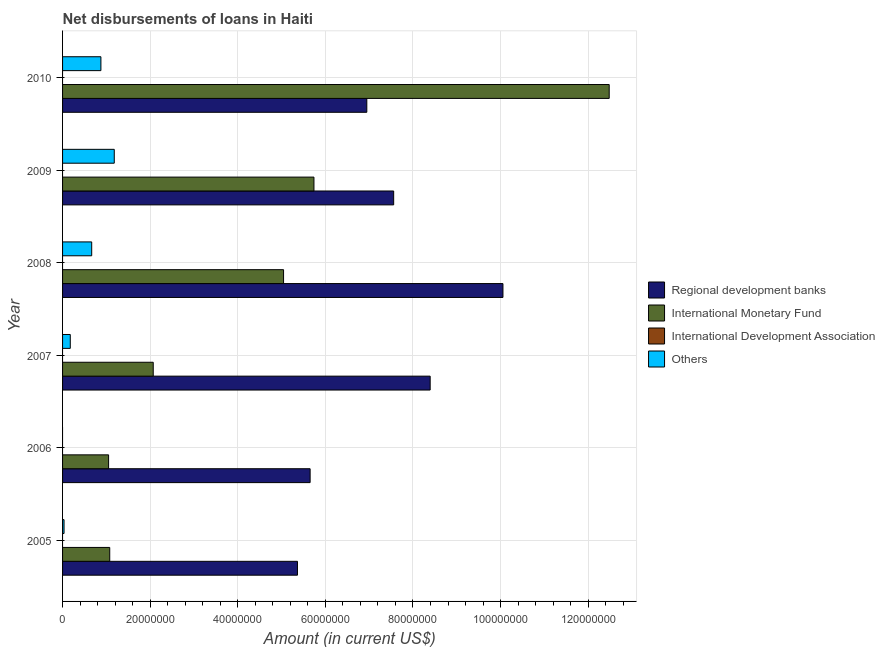
| Year | Regional development banks | International Monetary Fund | International Development Association | Others |
 | --- | --- | --- | --- | --- |
 | 2005 | 5.36e+07 | 1.08e+07 | -5.14e+06 | 3.37e+05 |
 | 2006 | 5.65e+07 | 1.05e+07 | -3.91e+06 | -2.7e+04 |
 | 2007 | 8.39e+07 | 2.07e+07 | -6.66e+06 | 1.76e+06 |
 | 2008 | 1.01e+08 | 5.05e+07 | -1.58e+07 | 6.65e+06 |
 | 2009 | 7.56e+07 | 5.74e+07 | -1.1e+07 | 1.18e+07 |
 | 2010 | 6.95e+07 | 1.25e+08 | -3.59e+07 | 8.75e+06 |